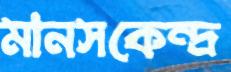
মানসকেন্দ্র